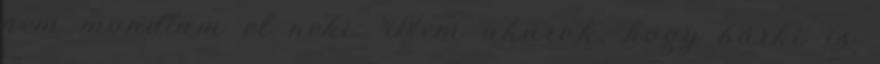
nem mondtam el neki. Nem akarok, hogy bárki is